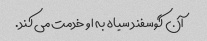
آن گوسفند سیاه به او خدمت می کند.